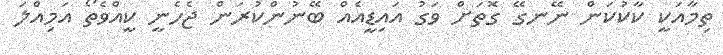
ތިމާއަކީ ކާކުކަން ނޭނގޭ ގޮތަށް ވަގު އައިޑީއެއް ބޭނުންކުރަން ޖެހެނީ ކީއްވެތޯ އަމިއްލަ